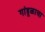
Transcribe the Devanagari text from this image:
गांडूळाचा